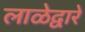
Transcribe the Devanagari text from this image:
लाळेद्वारे